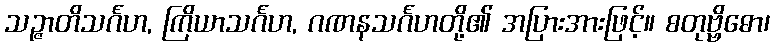
သဉ္ဇာတိသင်္ဂဟ, ကြိယာသင်္ဂဟ, ဂဏနသင်္ဂဟတို့၏ အပြားအားဖြင့်။ စတုဗ္ဗိဓော၊